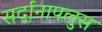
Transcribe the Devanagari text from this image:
सर्दानापलुस